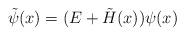
LaTeX: \begin{align*}\tilde \psi(x) = (E + \tilde H(x)) \psi(x)\end{align*}